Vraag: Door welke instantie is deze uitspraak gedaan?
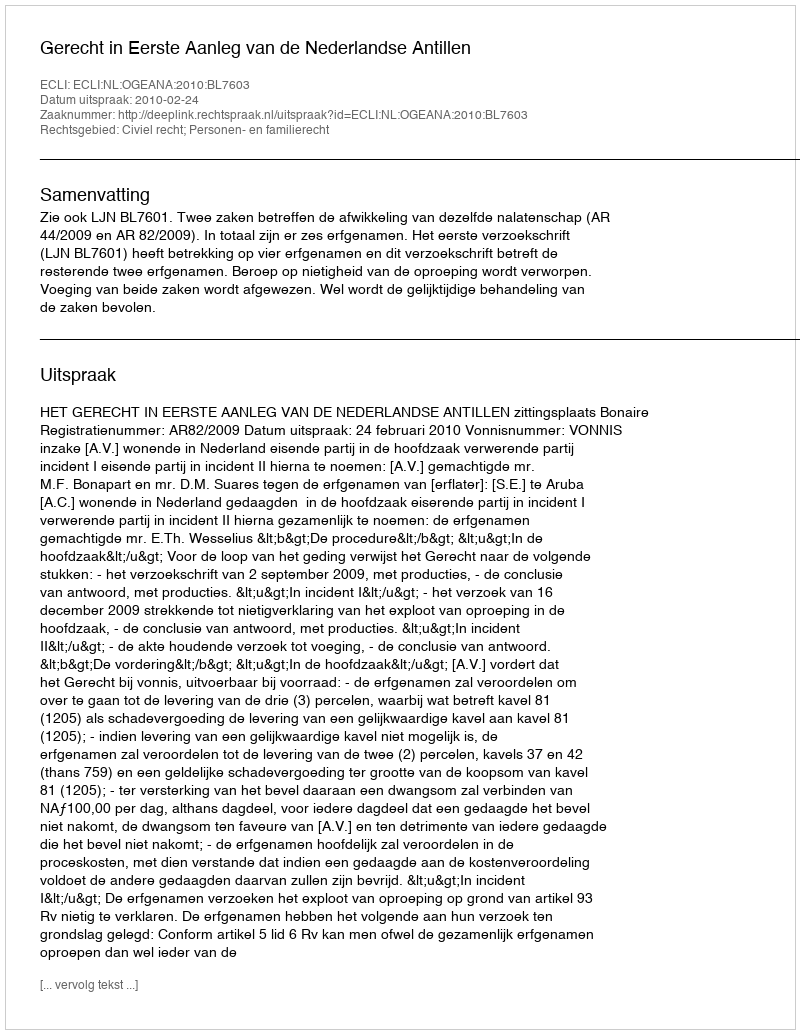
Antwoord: Gerecht in Eerste Aanleg van de Nederlandse Antillen